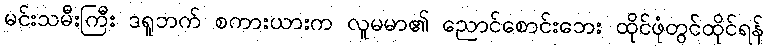
မင်းသမီးကြီး ဒရူဘက် စကားယားက လူမမာ၏ ညောင်စောင်းဘေး ထိုင်ဖုံတွင်ထိုင်ရန်